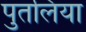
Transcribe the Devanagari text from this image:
पुतलिया